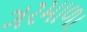
ગરમાળા